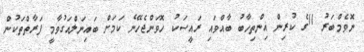
ނޮވެމްބަރު 11ގެ ކުރިން އިންތިހާބު ބާއްވައި ރައީސަކު ހޮވަންޖެހޭނެ ކަމަށް ބައިނަލްއަގުވާމީ ފަރާތްތަކުން